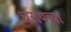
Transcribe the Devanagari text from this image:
चरायच्या